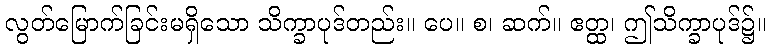
လွတ်မြောက်ခြင်းမရှိသော သိက္ခာပုဒ်တည်း။ ပေ။ စ၊ ဆက်။ ဧတ္ထ၊ ဤသိက္ခာပုဒ်၌။